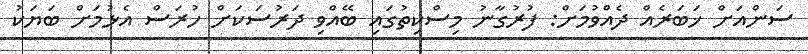
ސަންއަށް ޚަބަރެއް ދެއްވުމަށް: ފުރުގާނު މިސްކިތުގައި ބޭއްވި ދަރުސަކަށް ހުރަސް އެޅުމަށް ބަޔަކު